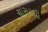
ચોસરથી